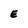
Character: E